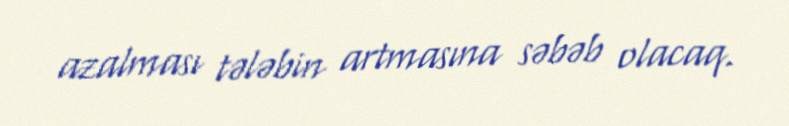
azalması tələbin artmasına səbəb olacaq.